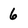
Character: 6